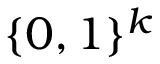
\{ 0 , 1 \} ^ { k }